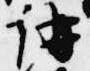
講